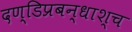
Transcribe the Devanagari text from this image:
दण्डिप्रबन्धाश्च